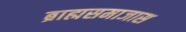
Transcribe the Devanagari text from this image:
ब्राह्मसमाजास